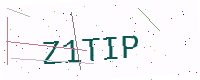
Text: Z1TIP